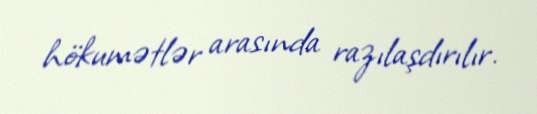
hökumətlər arasında razılaşdırılır.